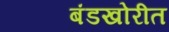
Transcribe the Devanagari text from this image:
बंडखोरीत